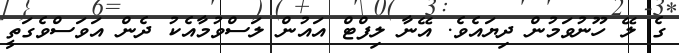
ގެ ލޭ ހޫނުވަމުން ދިޔައެވެ. އޭނާ ލިފްޓް އައުން ލަސްވުމާއެކު ދެން އަވަސްވެގަތީ